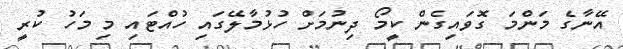
އޭނާގެ މަންމަ ގޮވައިގެން ކީމޯ ދިނުމަށް ހުޅުމާލޭގައި ހުއްޓައި މި މަހު ކުރީ